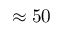
\approx 5 0